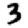
Digit: 3